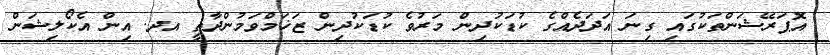
އޮޕަރޭޝަންތަކުގައި ގިނަ އަދަދެއްގެ ކުޑަކުދިން މަރުވެ ކުޑަކުދިން ޒަޚަމްވަމުންދާތީ އދ. އިން އެކޯލިޝަން